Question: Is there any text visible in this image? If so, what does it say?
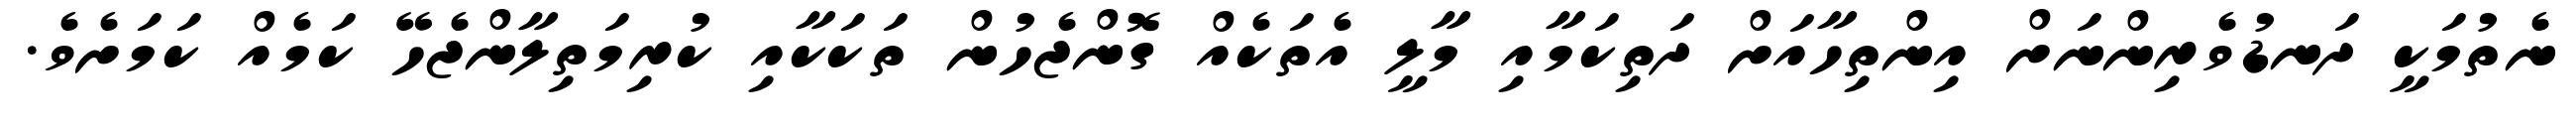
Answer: ނެތުމަކީ ދަނޑުވެރިންނަށް އިންތިހާއަށް ދަތިކަމާއި މާލީ އެތަކެއް ގޮންޖެހުން ތަކަކާއި ކުރިމަތިލާންޖެހޭ ކަމެއް ކަމަށެވެ.